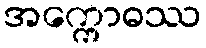
အက္ကောဓဿ